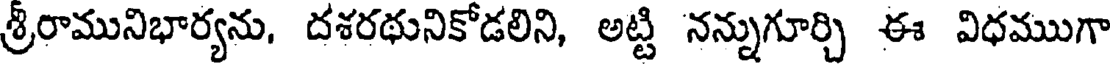
శ్రీరామునిభార్యను, దశరథునికోడలిని, అట్టి నన్నుగూర్చి ఈ విధముగా